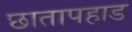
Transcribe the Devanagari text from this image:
छातापहाड